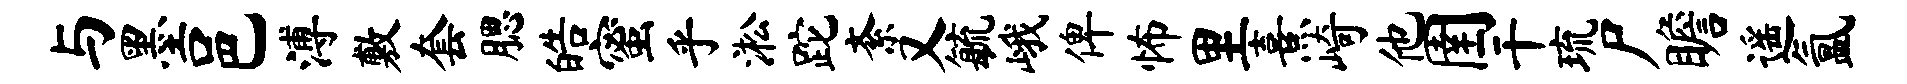
与墨邑溥敷套腮皓蜜乎淞跎紊又毓峨俾怖里熹崎他圉干琉尸瞻遥氲